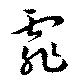
霏